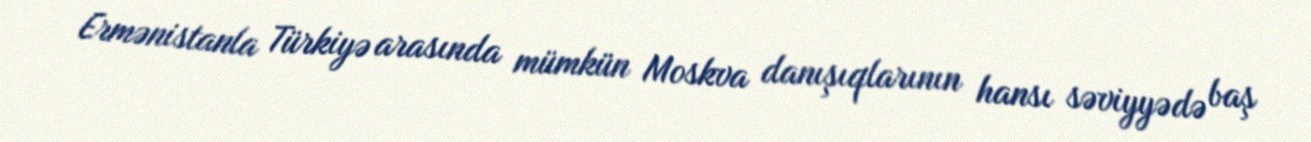
Ermənistanla Türkiyə arasında mümkün Moskva danışıqlarının hansı səviyyədə baş